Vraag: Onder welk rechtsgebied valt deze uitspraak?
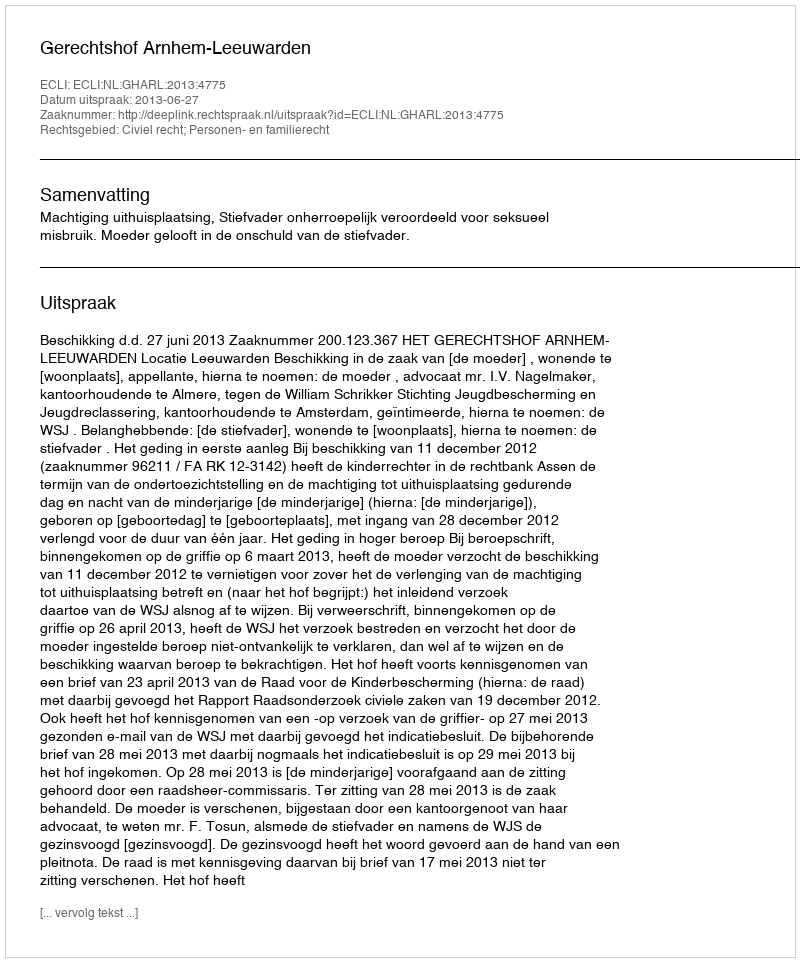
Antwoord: Civiel recht; Personen- en familierecht